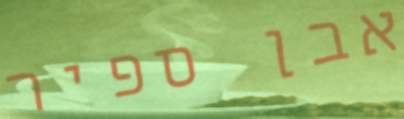
אבן ספיר